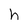
Character: h